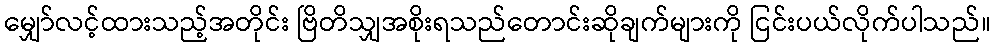
မျှော်လင့်ထားသည့်အတိုင်း ဗြိတိသျှအစိုးရသည်တောင်းဆိုချက်များကို ငြင်းပယ်လိုက်ပါသည်။